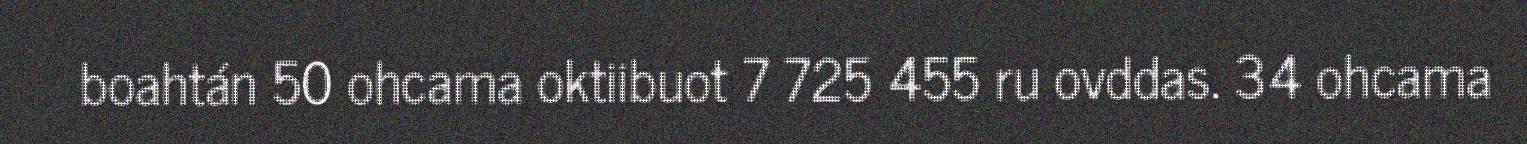
boahtán 50 ohcama oktiibuot 7 725 455 ru ovddas. 34 ohcama